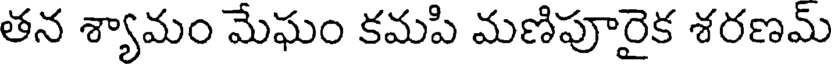
తన శ్యామం మేఘం కమపి మణిపూరైక శరణమ్